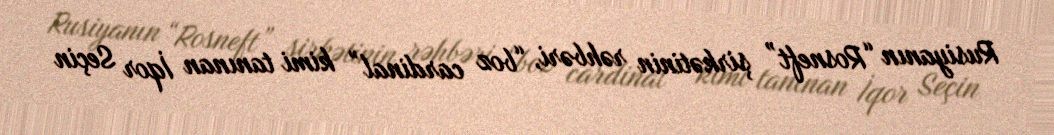
Rusiyanın “Rosneft” şirkətinin rəhbəri, “boz cardinal” kimi tanınan İqor Seçin